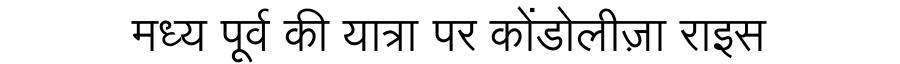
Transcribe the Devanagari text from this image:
मध्य पूर्व की यात्रा पर कोंडोलीज़ा राइस